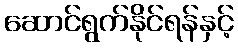
ဆောင်ရွက်နိုင်ရန်နှင့်